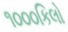
૧૦૦૦કિલો